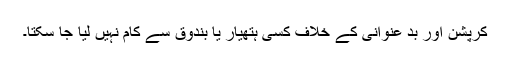
کرپشن اور بد عنوانی کے خلاف کسی ہتھیار یا بندوق سے کام نہیں لیا جا سکتا۔